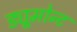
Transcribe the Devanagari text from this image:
ड्यूमोन्ट